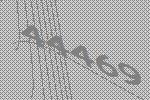
44469